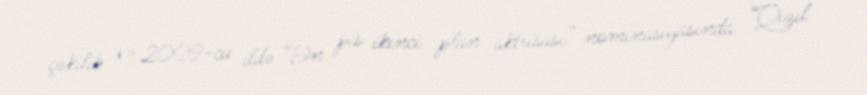
çəkilib və 2009-cu ildə “Ən pis ikinci plan aktrisası” nominasiyasında “Qızıl